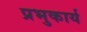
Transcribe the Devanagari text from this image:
प्रभुकार्य